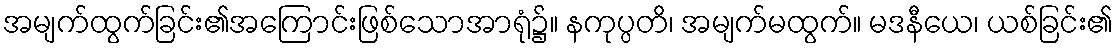
အမျက်ထွက်ခြင်း၏အကြောင်းဖြစ်သောအာရုံ၌။ နကုပ္ပတိ၊ အမျက်မထွက်။ မဒနီယေ၊ ယစ်ခြင်း၏